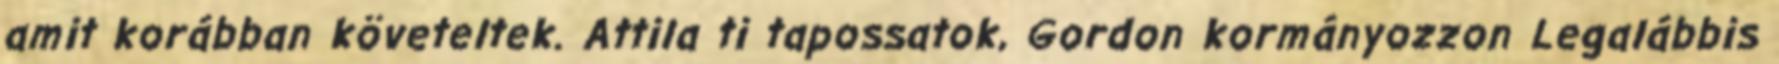
amit korábban követeltek. Attila ti tapossatok, Gordon kormányozzon Legalábbis